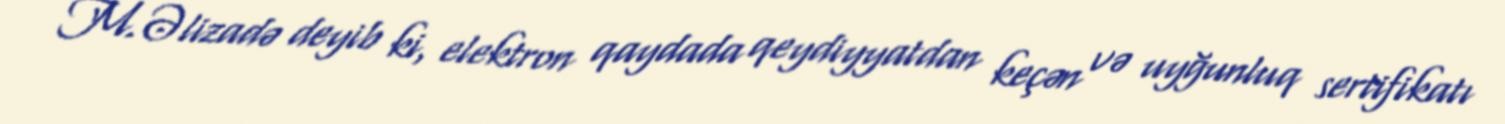
M.Əlizadə deyib ki, elektron qaydada qeydiyyatdan keçən və uyğunluq sertifikatı